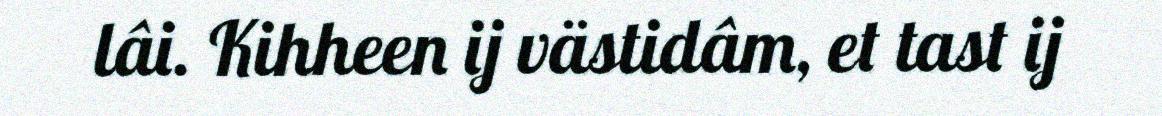
lâi. Kihheen ij västidâm, et tast ij